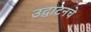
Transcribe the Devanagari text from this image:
उद्घाटनचे